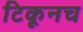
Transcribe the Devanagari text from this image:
टिकूनच